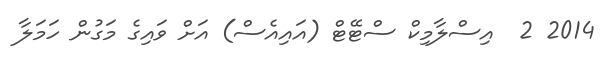
2014 2  އިސްލާމިކް ސްޓޭޓް (އައިއެސް) އަށް ވައިގެ މަގުން ހަމަލާ